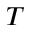
T